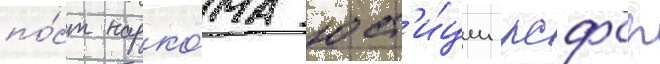
по́ст нарко́ма юст'и́ции рсфср